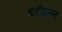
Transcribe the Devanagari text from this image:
बाबींवरून